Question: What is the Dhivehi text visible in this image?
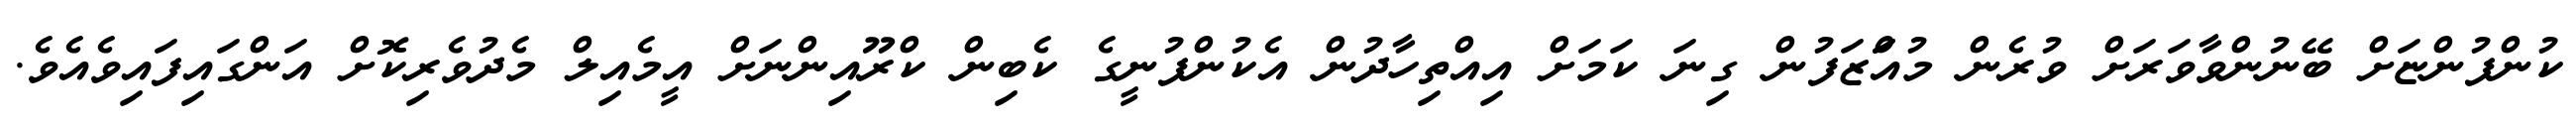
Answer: ކުންފުންޏަށް ބޭނުންވާވަރަށް ވުރެން މުއަަްޒަފުން ގިނަ ކަމަށް އިއްތިހާދުން އެކުންފުނީގެ ކެބިން ކްރޫއިންނަށް އީމެއިލް މެދުވެރިކޮށް އަންގައިފައިވެއެވެ.